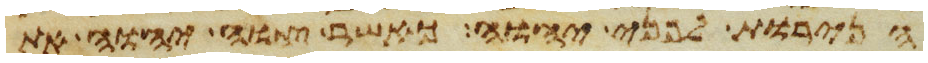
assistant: הנרות לפני יהוה כאשר צוה יהוה את